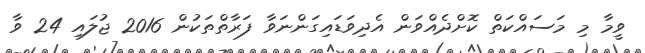
ވީމާ މި މަސައްކަތް ކޮށްދެއްވަން އެދިވަޑައިގަންނަވާ ފަރާތްތަކުން 2016 ޖުލައި 24 ވާ